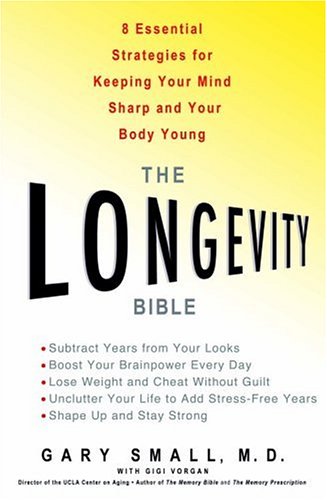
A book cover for The Longevity Bible: 8 Essential Strategies for Keeping Your Mind Sharp and Your Body Young; Gary Small; Health, Fitness & Dieting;